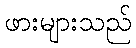
ဖားများသည်